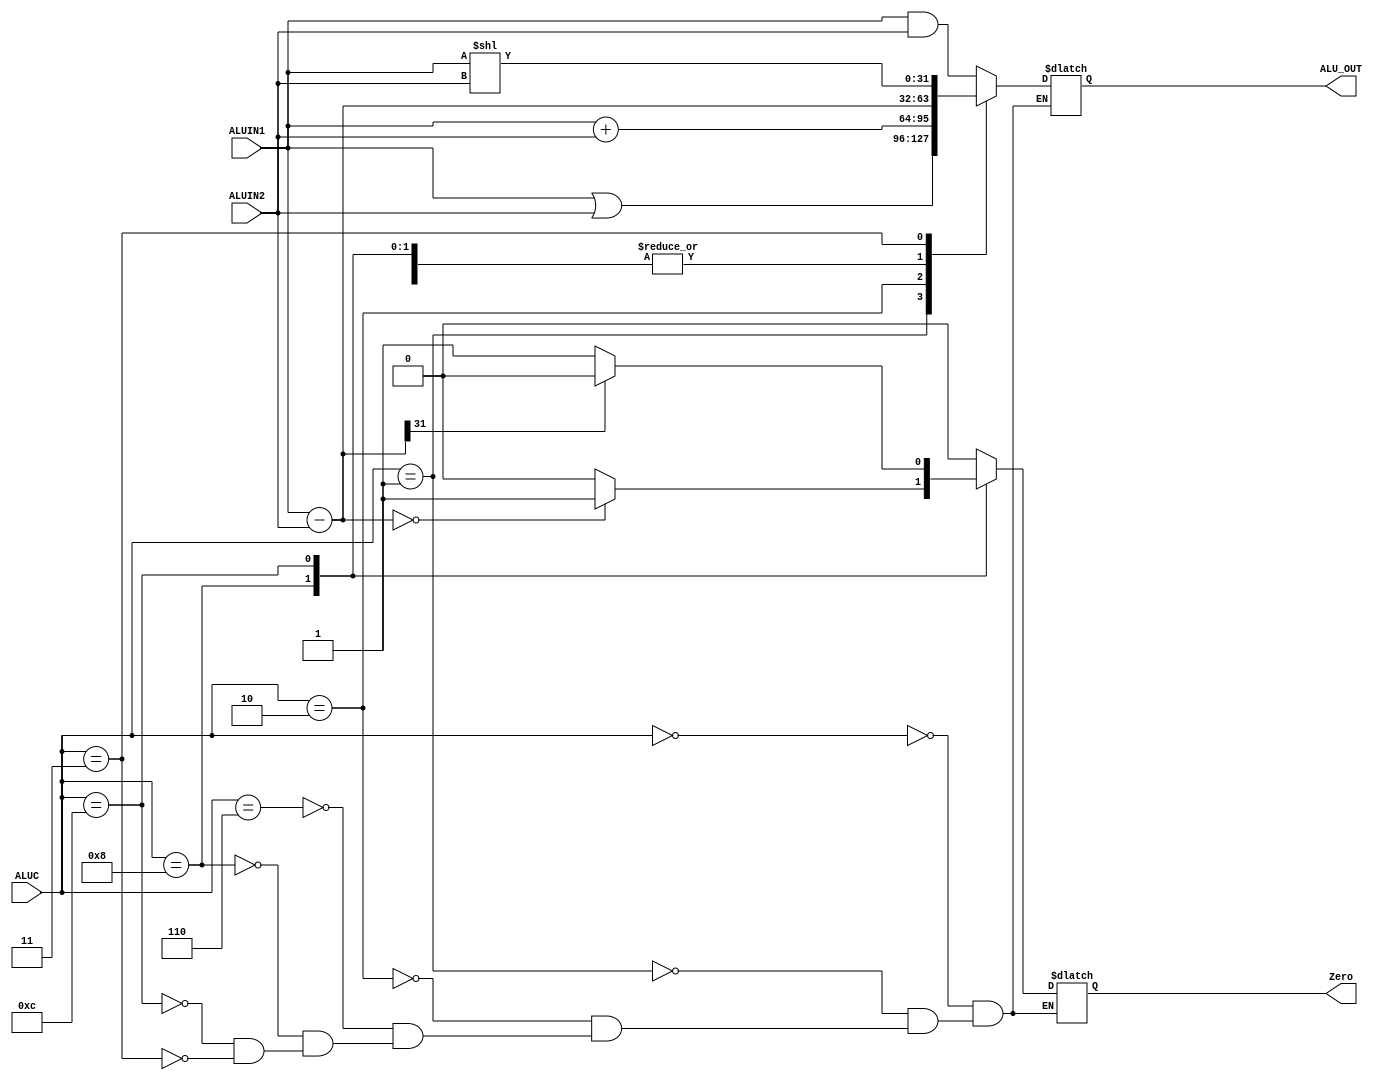
module ALU(ALUIN1, ALUIN2, ALUC, ALU_OUT, Zero);
    input [31:0] ALUIN1;
    input [31:0] ALUIN2;
    input [3:0] ALUC;
    output reg Zero;
    output reg [31:0] ALU_OUT;
    wire [31:0] temp;


    always @(*) begin
        case(ALUC)
            4'b0000:
            begin
                Zero = 0;
                ALU_OUT = ALUIN1 & ALUIN2;
            end
            4'b0001:begin
                Zero = 0;
                ALU_OUT = ALUIN1 | ALUIN2;
            end
            4'b0010:begin
                Zero = 0;
                ALU_OUT = ALUIN1 + ALUIN2;
            end
            4'b0110:begin
                Zero = 0;
                ALU_OUT = ALUIN1 - ALUIN2;
            end
            4'b1000:
            begin
                ALU_OUT = ALUIN1 - ALUIN2;
                if (ALU_OUT == 0) Zero = 1;
                else Zero = 0;
                $display("BEQ");
            end
            
            4'b1100: begin
                ALU_OUT = ALUIN1 - ALUIN2;
                if (ALU_OUT[31] == 0) Zero = 1;
                else Zero = 0;
                $display("Blt");
            end
            4'b0011: begin
                Zero = 0;
                ALU_OUT = ALUIN1 << ALUIN2;
            end
            default:;
        endcase
    end

    
endmodule